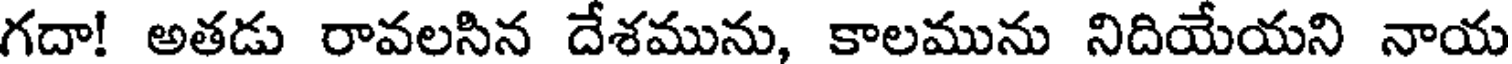
గదా! అతడు రావలసిన దేశమును, కాలమును నిదియేయని నాయ